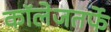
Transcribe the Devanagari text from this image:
कॉलेजतर्फे